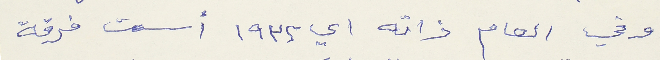
وفي العام ذاته اي ١٩٣٢ أسست فرقة